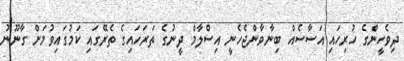
ދިވެހީންގެ ހުރިހައި އަސާސެއް ބިނާވާންޖެހެނީ އިސްލާމް ދީނުގެ ތަރަހައިގެ ތެރޭގައި ކަމުގައިވުމަށް ގާނޫނު